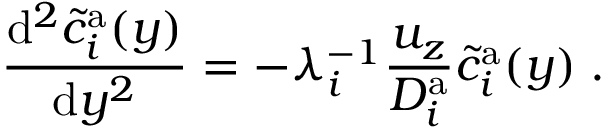
\frac { \mathrm { d } ^ { 2 } \tilde { c } _ { i } ^ { \mathrm { a } } ( y ) } { \mathrm { d } y ^ { 2 } } = - \lambda _ { i } ^ { - 1 } \frac { u _ { z } } { D _ { i } ^ { \mathrm { a } } } \tilde { c } _ { i } ^ { \mathrm { a } } ( y ) \; .